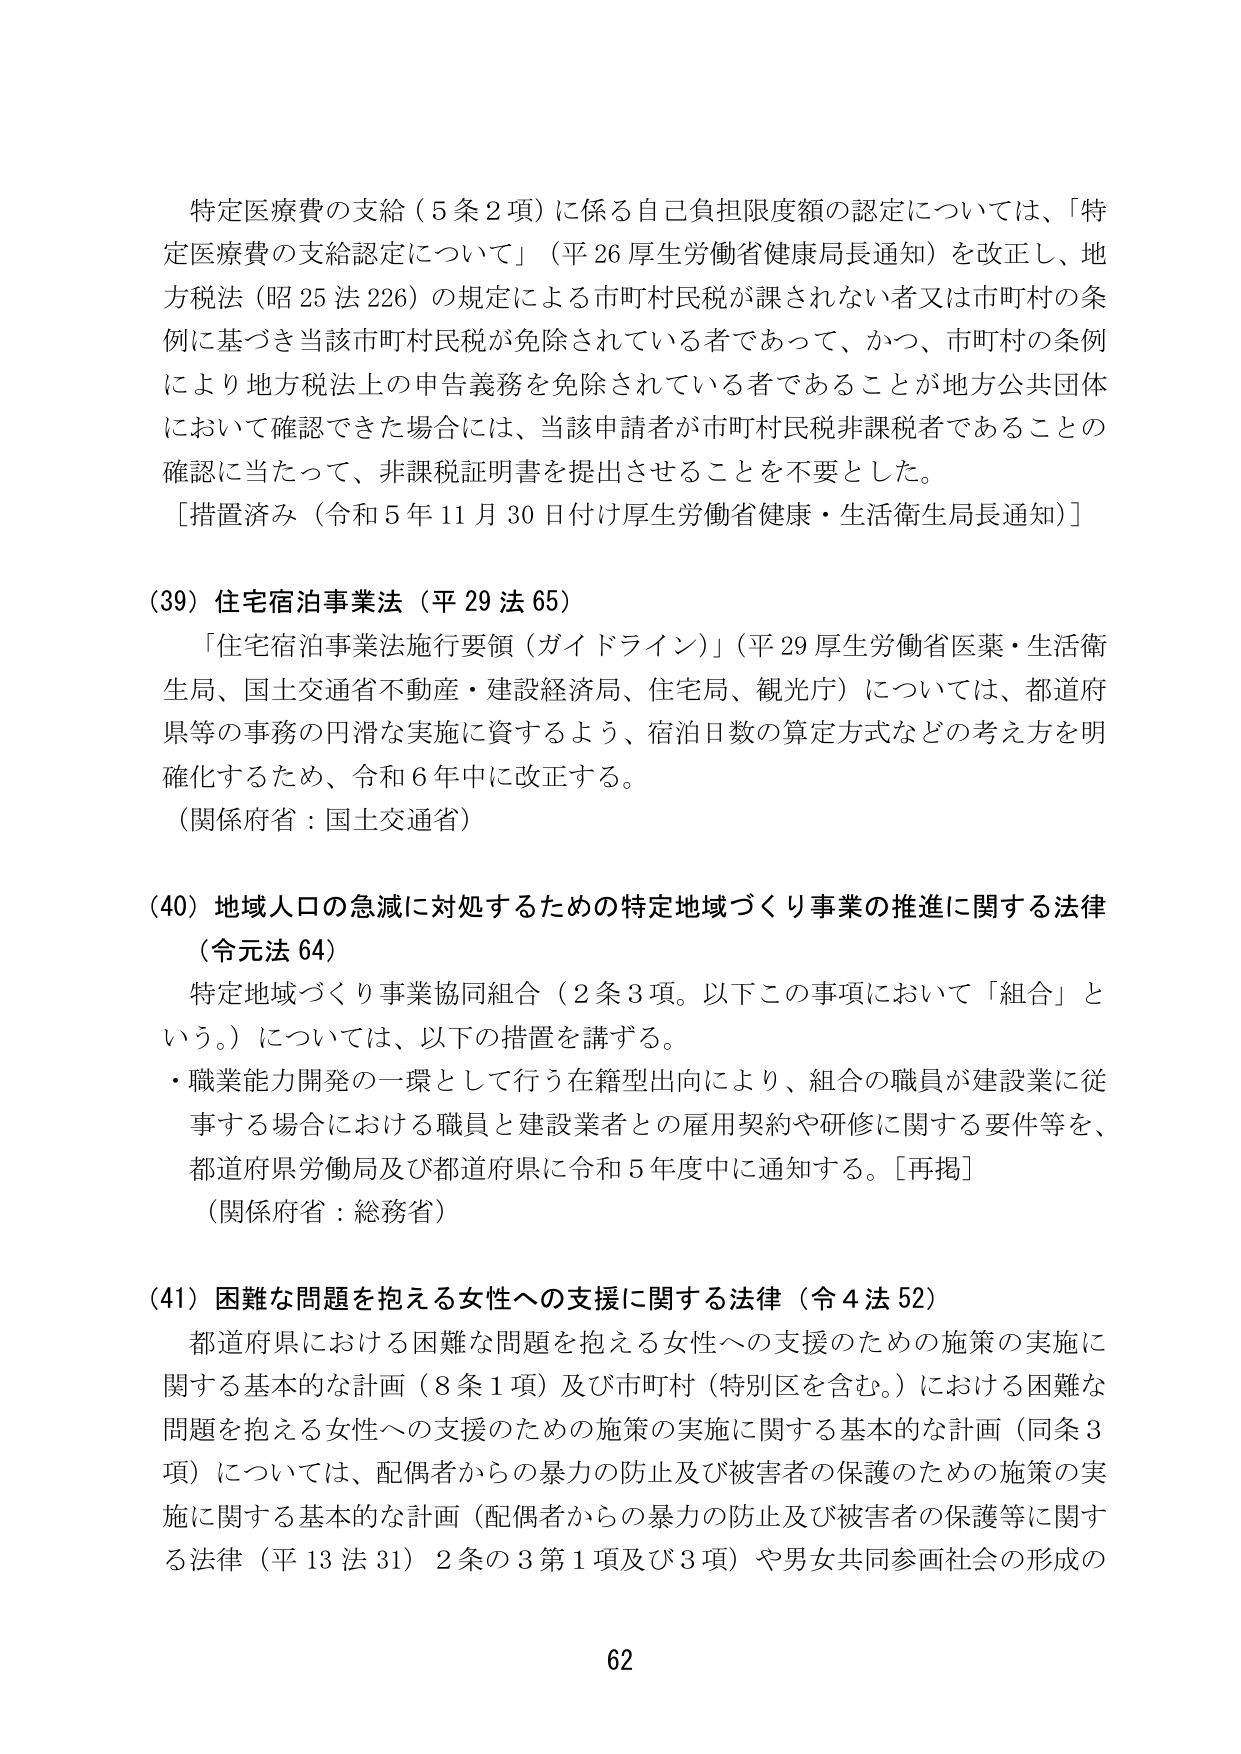
特定医療費の支給（5条2項）に係る自己負担限度額の認定については、「特定医療費の支給認定について」（平26厚生労働省健康局長通知）を改正し、地方税法（昭25法226）の規定による市町村民税が課されない者又は市町村の条例に基づき当該市町村民税が免除されている者であって、かつ、市町村の条例により地方税法上の申告義務を免除されている者であることが地方公共団体において確認できた場合には、当該申請者が市町村民税非課税者であることの確認に当たって、非課税証明書を提出させることを不要とした。
［措置済み（令和5年11月30日付け厚生労働省健康・生活衛生局長通知）］

(39) 住宅宿泊事業法（平29法65）
「住宅宿泊事業法施行要領（ガイドライン）」（平29厚生労働省医薬・生活衛生局、国土交通省不動産・建設経済局、住宅局、観光庁）については、都道府県等の事務の円滑な実施に資するよう、宿泊日数の算定方式などの考え方を明確化するため、令和6年中に改正する。
（関係府省：国土交通省）

(40) 地域人口の急減に対処するための特定地域づくり事業の推進に関する法律（令元法64）
特定地域づくり事業協同組合（2条3項。以下この事項において「組合」という。）については、以下の措置を講ずる。
・職業能力開発の一環として行う在籍型出向により、組合の職員が建設業に従事する場合における職員と建設業者との雇用契約や研修に関する要件等を、都道府県労働局及び都道府県に令和5年度中に通知する。［再掲］
（関係府省：総務省）

(41) 困難な問題を抱える女性への支援に関する法律（令4法52）
都道府県における困難な問題を抱える女性への支援のための施策の実施に関する基本的な計画（8条1項）及び市町村（特別区を含む。）における困難な問題を抱える女性への支援のための施策の実施に関する基本的な計画（同条3項）については、配偶者からの暴力の防止及び被害者の保護のための施策の実施に関する基本的な計画（配偶者からの暴力の防止及び被害者の保護等に関する法律（平13法31）2条の3第1項及び3項）や男女共同参画社会の形成の

62